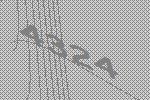
4324